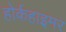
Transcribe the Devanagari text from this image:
होर्कहाइमर